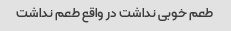
طعم خوبی نداشت در واقع طعم نداشت